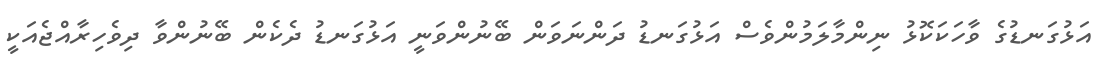
އަޅުގަނޑުގެ ވާހަކަކޮޅު ނިންމާލަމުންވެސް އަޅުގަނޑު ދަންނަވަން ބޭނުންވަނީ އަޅުގަނޑު ދެކެން ބޭނުންވާ ދިވެހިރާއްޖެއަކީ